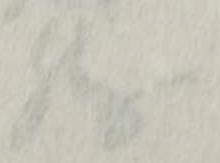
勝